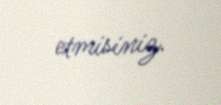
etmisiniz.